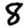
Digit: 8